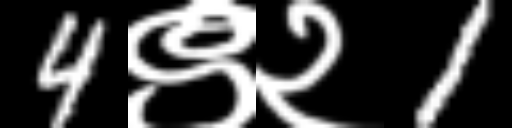
Text: 4९२1